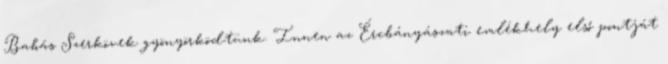
Babás Szerkövek gyönyörködtünk. Innen az Ércbányászati emlékhely első pontját